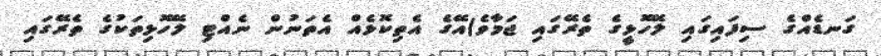
ގަނޑެއްގެ ސިފައިގައި ލޭހޮޅީގެ ތެރޭގައި ޖަމާވެ)އޭގެ އެތިކޮޅެއް އެތަނުން ނެއްޓި ލޭހޮޅިތަކުގެ ތެރޭގައި